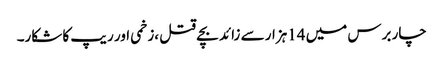
چار برس میں 14ہزار سے زائد بچے قتل ،زخمی اور ریپ کا شکار۔